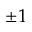
\pm 1